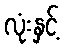
လုံးနှင့်